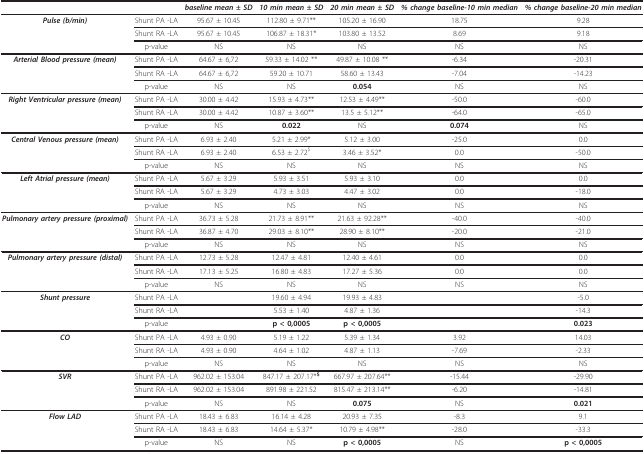
<table><thead><tr><td></td><td></td><td><b><i>baseline mean ± SD</i></b></td><td><b><i>10 min mean ± SD</i></b></td><td><b><i>20 min mean ± SD</i></b></td><td><b><i>% change baseline-10 min median</i></b></td><td><b><i>% change baseline-20 min median</i></b></td></tr></thead><tbody><tr><td><b><i>Pulse (b/min)</i></b></td><td>Shunt PA -LΑ</td><td>95.67 ± 10.45</td><td>112.80 ± 9.71**</td><td>105.20 ± 16.90</td><td>18.75</td><td>9.28</td></tr><tr><td></td><td>Shunt RA -LΑ</td><td>95.67 ± 10.45</td><td>106.87 ± 18.31*</td><td>103.80 ± 13.52</td><td>8.69</td><td>9.18</td></tr><tr><td></td><td>p-value</td><td>NS</td><td>NS</td><td>NS</td><td>NS</td><td>NS</td></tr><tr><td><b><i>Arterial Blood pressure (mean)</i></b></td><td>Shunt PA -LΑ</td><td>64.67 ± 6,72</td><td>59.33 ± 14.02 **</td><td>49.87 ± 10.08 **</td><td>-6.34</td><td>-20.31</td></tr><tr><td></td><td>Shunt RA -LΑ</td><td>64.67 ± 6,72</td><td>59.20 ± 10.71</td><td>58.60 ± 13.43</td><td>-7.04</td><td>-14.23</td></tr><tr><td></td><td>p-value</td><td>NS</td><td>NS</td><td><b>0.054</b></td><td>NS</td><td>NS</td></tr><tr><td><b><i>Right Ventricular pressure (mean)</i></b></td><td>Shunt PA -LΑ</td><td>30.00 ± 4.42</td><td>15.93 ± 4.73**</td><td>12.53 ± 4.49**</td><td>-50.0</td><td>-60.0</td></tr><tr><td></td><td>Shunt RA -LΑ</td><td>30.00 ± 4.42</td><td>10.87 ± 3.60**</td><td>13.5 ± 5.12**</td><td>-64.0</td><td>-65.0</td></tr><tr><td></td><td>p-value</td><td>NS</td><td><b>0.022</b></td><td>NS</td><td><b>0.074</b></td><td>NS</td></tr><tr><td><b><i>Central Venous pressure (mean)</i></b></td><td>Shunt PA -LΑ</td><td>6.93 ± 2.40</td><td>5.21 ± 2.99*</td><td>5.12 ± 3.00</td><td>-25.0</td><td>0.0</td></tr><tr><td></td><td>Shunt RA -LΑ</td><td>6.93 ± 2.40</td><td>6.53 ± 2.72<sup>$</sup></td><td>3.46 ± 3.52*</td><td>0.0</td><td>-50.0</td></tr><tr><td></td><td>p-value</td><td>NS</td><td>NS</td><td>NS</td><td>NS</td><td>NS</td></tr><tr><td><b><i>Left Atrial pressure (mean)</i></b></td><td>Shunt PA -LΑ</td><td>5.67 ± 3.29</td><td>5.93 ± 3.51</td><td>5.93 ± 3.10</td><td>0.0</td><td>0.0</td></tr><tr><td></td><td>Shunt RA -LΑ</td><td>5.67 ± 3.29</td><td>4.73 ± 3.03</td><td>4.47 ± 3.02</td><td>0.0</td><td>-18.0</td></tr><tr><td></td><td>p-value</td><td>NS</td><td>NS</td><td>NS</td><td>NS</td><td>NS</td></tr><tr><td><b><i>Pulmonary artery pressure (proximal)</i></b></td><td>Shunt PA -LΑ</td><td>36.73 ± 5.28</td><td>21.73 ± 8.91**</td><td>21.63 ± 92.28**</td><td>-40.0</td><td>-40.0</td></tr><tr><td></td><td>Shunt RA -LΑ</td><td>36.87 ± 4.70</td><td>29.03 ± 8.10**</td><td>28.90 ± 8.10**</td><td>-20.0</td><td>-21.0</td></tr><tr><td></td><td>p-value</td><td>NS</td><td>NS</td><td>NS</td><td>NS</td><td>NS</td></tr><tr><td><b><i>Pulmonary artery pressure (distal)</i></b></td><td>Shunt PA -LΑ</td><td>12.73 ± 5.28</td><td>12.47 ± 4.81</td><td>12.40 ± 4.61</td><td>0.0</td><td>0.0</td></tr><tr><td></td><td>Shunt RA -LΑ</td><td>17.13 ± 5.25</td><td>16.80 ± 4.83</td><td>17.27 ± 5.36</td><td>0.0</td><td>0.0</td></tr><tr><td></td><td>p-value</td><td>NS</td><td>NS</td><td>NS</td><td>NS</td><td>NS</td></tr><tr><td><b><i>Shunt pressure</i></b></td><td>Shunt PA -LΑ</td><td></td><td>19.60 ± 4.94</td><td>19.93 ± 4.83</td><td></td><td>-5.0</td></tr><tr><td></td><td>Shunt RA -LΑ</td><td></td><td>5.53 ± 1.40</td><td>4.87 ± 1.36</td><td></td><td>-14.3</td></tr><tr><td></td><td>p-value</td><td></td><td><b>p &lt; 0,0005</b></td><td><b>p &lt; 0,0005</b></td><td></td><td><b>0.023</b></td></tr><tr><td><b><i>CO</i></b></td><td>Shunt PA -LΑ</td><td>4.93 ± 0.90</td><td>5.19 ± 1.22</td><td>5.39 ± 1.34</td><td>3.92</td><td>14.03</td></tr><tr><td></td><td>Shunt RA -LΑ</td><td>4.93 ± 0.90</td><td>4.64 ± 1.02</td><td>4.87 ± 1.13</td><td>-7.69</td><td>-2.33</td></tr><tr><td></td><td>p-value</td><td>NS</td><td>NS</td><td>NS</td><td>NS</td><td>NS</td></tr><tr><td><b><i>SVR</i></b></td><td>Shunt PA -LΑ</td><td>962.02 ± 153.04</td><td>847.17 ± 207.17*<sup><b>$</b></sup></td><td>667.97 ± 207.64**</td><td>-15.44</td><td>-29.90</td></tr><tr><td></td><td>Shunt RA -LΑ</td><td>962.02 ± 153.04</td><td>891.98 ± 221.52</td><td>815.47 ± 213.14**</td><td>-6.20</td><td>-14.81</td></tr><tr><td></td><td>p-value</td><td>NS</td><td>NS</td><td><b>0.075</b></td><td>NS</td><td><b>0.021</b></td></tr><tr><td><b><i>Flow LAD</i></b></td><td>Shunt PA -LΑ</td><td>18.43 ± 6.83</td><td>16.14 ± 4.28</td><td>20.93 ± 7.35</td><td>-8.3</td><td>9.1</td></tr><tr><td></td><td>Shunt RA -LΑ</td><td>18.43 ± 6.83</td><td>14.64 ± 5.37*</td><td>10.79 ± 4.98**</td><td>-28.0</td><td>-33.3</td></tr><tr><td></td><td>p-value</td><td>NS</td><td>NS</td><td><b>p &lt; 0,0005</b></td><td>NS</td><td><b>p &lt; 0,0005</b></td></tr></tbody></table>